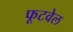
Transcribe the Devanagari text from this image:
फूटवेल